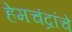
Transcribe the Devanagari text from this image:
हेमचंद्रांचे